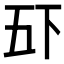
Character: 𫡲